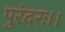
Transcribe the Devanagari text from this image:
पुरंदरः।।